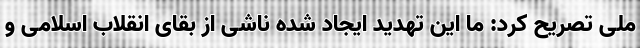
ملی تصریح کرد: ما این تهدید ایجاد شده ناشی از بقای انقلاب اسلامی و